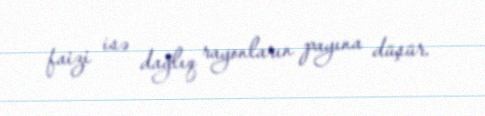
faizi isə dağlıq rayonların payına düşür.